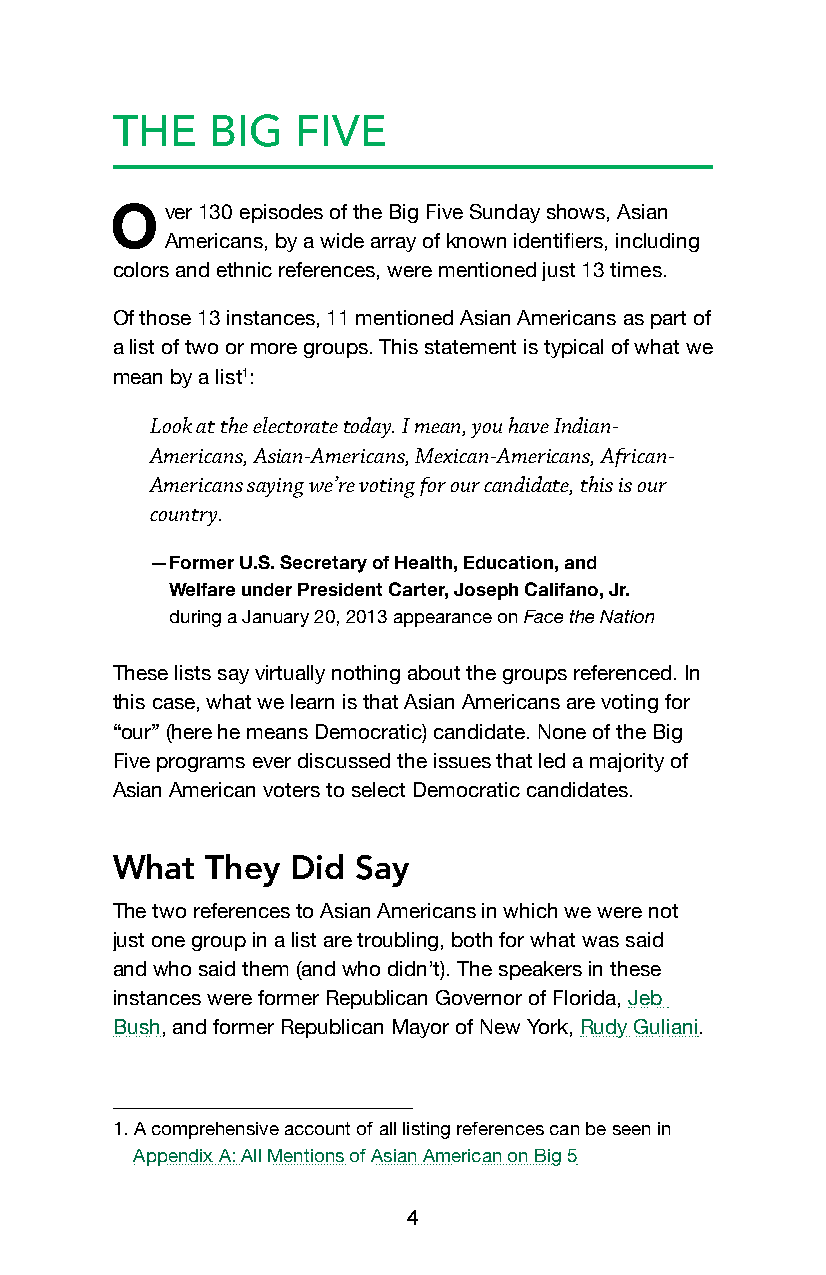
THE    BIG   FIVE
 ver 130 episodes of the Big Five Sunday shows, Asian
 O
 Americans, by a wide array of known identifiers, including
 colors and ethnic references, were mentioned just 13 times.
 Of those 13 instances, 11 mentioned Asian Americans as part of
 a list of two or more groups. This statement is typical of what we
 mean by a list1:
 Look at the electorate today. I mean, you have Indian-
 Americans, Asian-Americans, Mexican-Americans, African-
 Americans saying we’re voting for our candidate, this is our
 country.
 —Former U.S. Secretary of Health, Education, and
 Welfare under President Carter, Joseph Califano, Jr.
 during a January 20, 2013 appearance on Face the Nation
 These lists say virtually nothing about the groups referenced. In
 this case, what we learn is that Asian Americans are voting for
 “our” (here he means Democratic) candidate. None of the Big
 Five programs ever discussed the issues that led a majority of
 Asian American voters to select Democratic candidates.
 What   They Did Say
 The two references to Asian Americans in which we were not
 just one group in a list are troubling, both for what was said
 and who said them (and who didn’t). The speakers in these
 instances were former Republican Governor of Florida, Jeb
 Bush, and former Republican Mayor of New York, Rudy Guliani.
 1. A comprehensive account of all listing references can be seen in
 Appendix A: All Mentions of Asian American on Big 5
 4